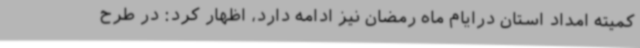
کمیته امداد استان درایام ماه رمضان نیز ادامه دارد، اظهار کرد: در طرح